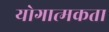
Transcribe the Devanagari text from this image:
योगात्मकता